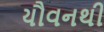
યૌવનથી